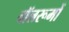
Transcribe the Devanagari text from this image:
बॉलरूमों